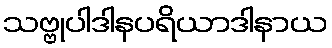
သဗ္ဗုပါဒါနပရိယာဒါနာယ